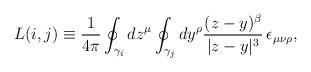
LaTeX: \begin{align*}L(i,j) \equiv \frac1{4\pi}\oint_{\gamma_i}dz^{\mu}\oint_{\gamma_j}dy^{\rho}\frac{(z-y)^{\beta}}{|z-y|^{3}}\,\epsilon_{\mu\nu\rho}, \end{align*}